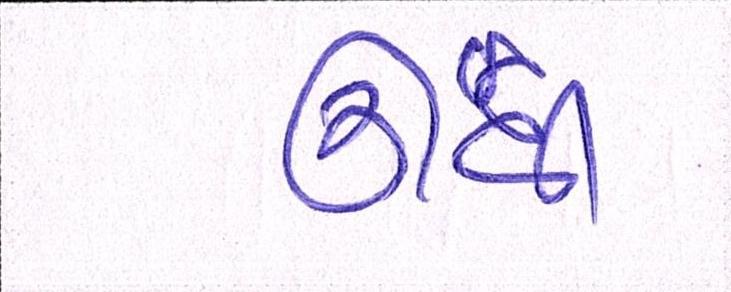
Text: ઊંધી